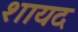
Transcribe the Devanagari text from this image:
शायद